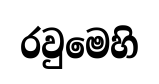
රවුමෙහි